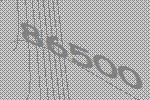
86500